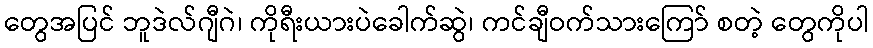
တွေအပြင် ဘူဒဲလ်ဂျီဂဲ၊ ကိုရီးယားပဲခေါက်ဆွဲ၊ ကင်ချီဝက်သားကြော် စတဲ့ တွေကိုပါ